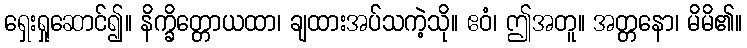
ရှေးရှုဆောင်၍။ နိက္ခိတ္တောယထာ၊ ချထားအပ်သကဲ့သို။ ဧဝံ၊ ဤအတူ။ အတ္တနော၊ မိမိ၏။